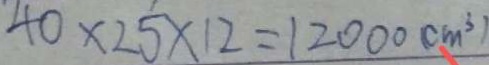
4 0 \times 2 5 \times 1 2 = 1 2 0 0 0 ( c m ^ { 3 } )